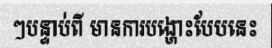
ៗបន្ទាប់ពី មានការបង្ហោះបែបនេះ